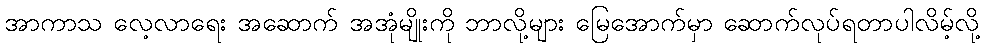
အာကာသ လေ့လာရေး အဆောက် အအုံမျိုးကို ဘာလို့များ မြေအောက်မှာ ဆောက်လုပ်ရတာပါလိမ့်လို့